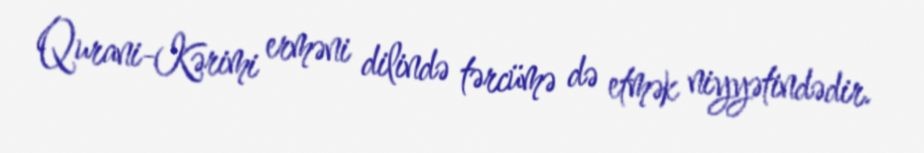
Qurani-Kərimi erməni dilində tərcümə də etmək niyyətindədir.